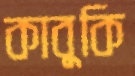
কাবুকি